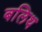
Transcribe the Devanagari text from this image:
बलिथ